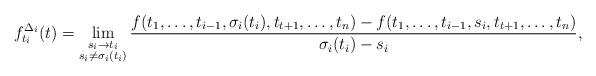
LaTeX: \begin{align*} f^{\Delta_i}_{t_i}(t) = \lim \limits_{\substack{s_i \to t_i \\ s_i \neq \sigma_i(t_i)}} \frac{ f(t_1, \ldots, t_{i-1}, \sigma_i(t_i), t_{t+1}, \ldots, t_n) - f(t_1, \ldots, t_{i-1}, s_i, t_{t+1}, \ldots, t_n) }{\sigma_i(t_i) - s_i}, \end{align*}